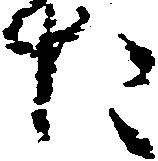
た